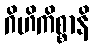
ဂိဟိကိစ္စာနိ